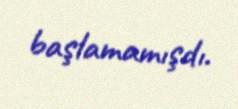
başlamamışdı.